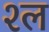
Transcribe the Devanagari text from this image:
श्‍ल